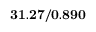
\mathbf { 3 1 . 2 7 / 0 . 8 9 0 }